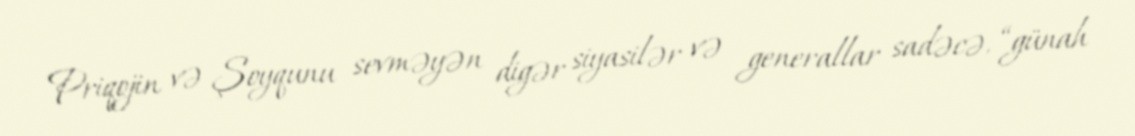
Priqojin və Şoyqunu sevməyən digər siyasilər və generallar sadəcə, “günah